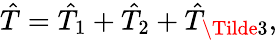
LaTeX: \hat{T}=\hat{T}_{1}+\hat{T}_{2}+\hat{T}_{\Tilde{3}},